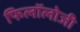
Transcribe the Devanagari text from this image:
फिलॉलोजी